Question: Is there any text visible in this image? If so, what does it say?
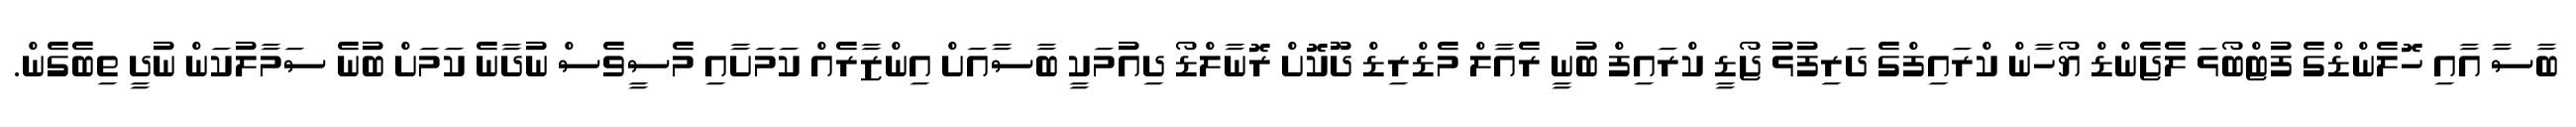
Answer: ބާސާ އާއި ހޮލެންޑްގެ ފުޓްބޯޅަ ލެޖެންޑް ޔޯހާން ކްރައިފްގެ ދަރިފުޅު ޖޯޑީ ކްރައިފް ބުނީ ރެއާލް މެޑްރިޑް ދޫކޮށް ރޮނާލްޑޯ ދިއުމަކީ ބާސާއަށް އިންޒާރެއް ކަމަށާއި މެސީވެސް ނުދާނެ ކަމަށް ބުނެ ސަމާލުކަން ނުދީ ތިބެގެން.